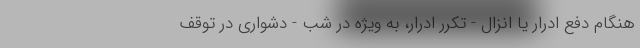
هنگام دفع ادرار یا انزال - تکرر ادرار، به ویژه در شب - دشواری در توقف